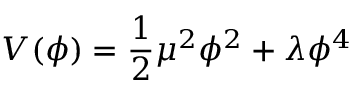
V ( \phi ) = { \frac { 1 } { 2 } } \mu ^ { 2 } \phi ^ { 2 } + \lambda \phi ^ { 4 }